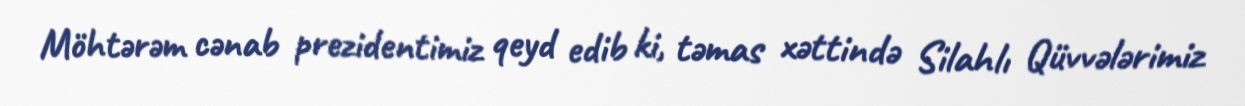
Möhtərəm cənab prezidentimiz qeyd edib ki, təmas xəttində Silahlı Qüvvələrimiz